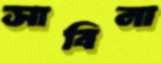
সাবিনা